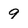
Character: 9